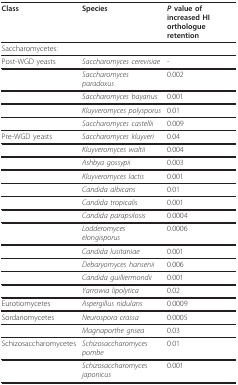
<table><thead><tr><td><b>Class</b></td><td><b>Species</b></td><td><b><i>P </i>value of increased HI orthologue retention</b></td></tr></thead><tbody><tr><td>Saccharomycetes:</td><td></td><td></td></tr><tr><td>Post-WGD yeasts</td><td><i>Saccharomyces cerevisiae</i></td><td>-</td></tr><tr><td></td><td><i>Saccharomyces paradoxus</i></td><td>0.002</td></tr><tr><td></td><td><i>Saccharomyces bayanus</i></td><td>0.001</td></tr><tr><td></td><td><i>Kluyveromyces polysporus</i></td><td>0.01</td></tr><tr><td></td><td><i>Saccharomyces castellii</i></td><td>0.009</td></tr><tr><td>Pre-WGD yeasts</td><td><i>Saccharomyces kluyveri</i></td><td>0.04</td></tr><tr><td></td><td><i>Kluyveromyces waltii</i></td><td>0.004</td></tr><tr><td></td><td><i>Ashbya gossypii</i></td><td>0.003</td></tr><tr><td></td><td><i>Kluyveromyces lactis</i></td><td>0.001</td></tr><tr><td></td><td><i>Candida albicans</i></td><td>0.01</td></tr><tr><td></td><td><i>Candida tropicalis</i></td><td>0.001</td></tr><tr><td></td><td><i>Candida parapsilosis</i></td><td>0.0004</td></tr><tr><td></td><td><i>Lodderomyces elongisporus</i></td><td>0.0006</td></tr><tr><td></td><td><i>Candida lusitaniae</i></td><td>0.001</td></tr><tr><td></td><td><i>Debaryomyces hansenii</i></td><td>0.006</td></tr><tr><td></td><td><i>Candida guilliermondii</i></td><td>0.001</td></tr><tr><td></td><td><i>Yarrowia lipolytica</i></td><td>0.02</td></tr><tr><td>Eurotiomycetes</td><td><i>Aspergillus nidulans</i></td><td>0.0009</td></tr><tr><td>Sordariomycetes</td><td><i>Neurospora crassa</i></td><td>0.0005</td></tr><tr><td></td><td><i>Magnaporthe grisea</i></td><td>0.03</td></tr><tr><td>Schizosaccharomycetes</td><td><i>Schizosaccharomyces pombe</i></td><td>0.01</td></tr><tr><td></td><td><i>Schizosaccharomyces japonicus</i></td><td>0.001</td></tr></tbody></table>